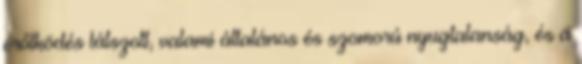
erőlködés látszott, valami általános és szomorú nyugtalanság, és a